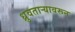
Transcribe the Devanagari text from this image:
ध्रुवताऱ्यावरून